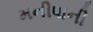
મનીષાની